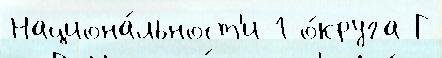
Национа́льност'и 1 о́круга Г